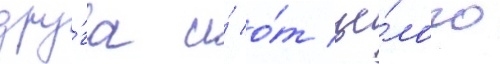
дру́га и́ о́т це́лого